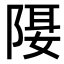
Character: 𨺿